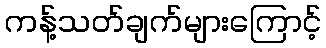
ကန့်သတ်ချက်များကြောင့်